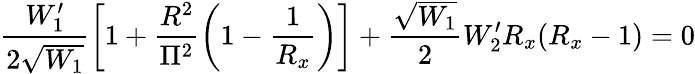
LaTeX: \frac{W_{1}^{\prime}}{2\sqrt{W_{1}}}\left[1+\frac{R^{2}}{\Pi^{2}}\left(1-\frac{1}{R_{x}}\right)\right]+\frac{\sqrt{W_{1}}}{2}W_{2}^{\prime}R_{x}(R_{x}-1)=0